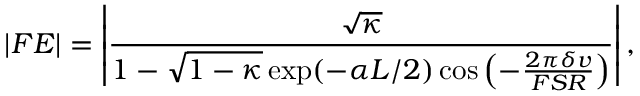
\left| F E \right| = \left| \frac { \sqrt { \kappa } } { 1 - \sqrt { 1 - \kappa } \exp ( - \alpha L / 2 ) \cos \left( - \frac { 2 \pi \delta v } { F S R } \right) } \right| ,